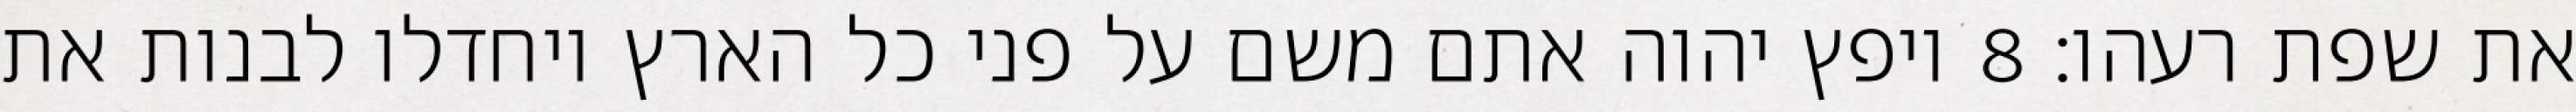
את שפת רעהו׃ ‎8‏ ויפץ יהוה אתם משם על פני כל הארץ ויחדלו לבנות את